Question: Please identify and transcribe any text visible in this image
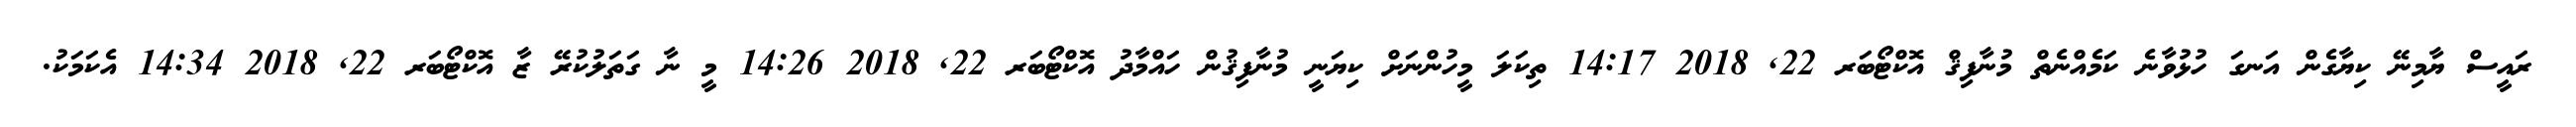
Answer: ރައީސް ޔާމިނޭ ކިޔާގެން އަނގަ ހުޅުވާނެ ކަމެއްނެތް މުނާފިޤް އޮކްޓޯބަރ 22, 2018 14:17 ތިކަލަ މީހުންނަށް ކިޔަނީ މުނާފިޤުން ހައްމާދު އޮކްޓޯބަރ 22, 2018 14:26 މީ ނާ ގަތަލުކުރޭ ޒާ އޮކްޓޯބަރ 22, 2018 14:34 އެކަމަކު.